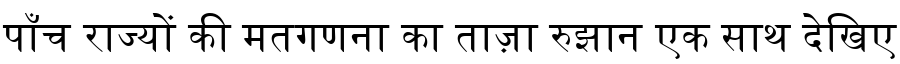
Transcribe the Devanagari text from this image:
पाँच राज्यों की मतगणना का ताज़ा रुझान एक साथ देखिए